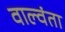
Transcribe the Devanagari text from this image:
वाल्वंता